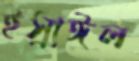
ইস্রাঈল